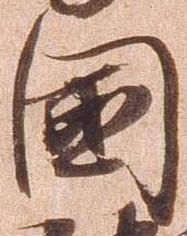
国